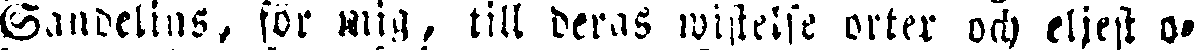
Sandelins, för mig, till deras wistelse orter och eljest o-